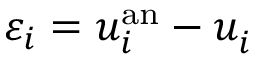
\varepsilon _ { i } = u _ { i } ^ { \mathrm { a n } } - u _ { i } ^ { \phantom { } }